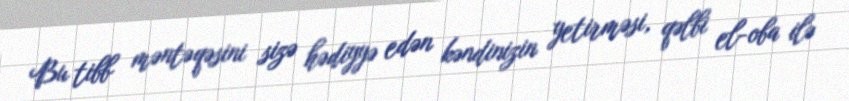
Bu tibb məntəqəsini sizə hədiyyə edən kəndinizin yetirməsi, qəlbi el-oba ilə